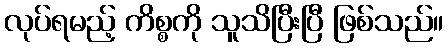
လုပ်ရမည့် ကိစ္စကို သူသိပြီးပြီ ဖြစ်သည်။